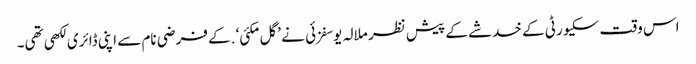
اس وقت سکیورٹی کے خدشے کے پیش نظر ملالہ یوسفزئی نے ’گل مکئی‘ .کے فرضی نام سے اپنی ڈائری لکھی تھی۔